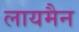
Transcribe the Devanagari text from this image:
लायमैन